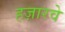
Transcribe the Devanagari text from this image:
हज़ारवे